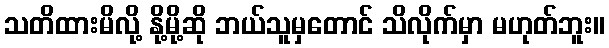
သတိထားမိလို့ နို့မို့ဆို ဘယ်သူမှတောင် သိလိုက်မှာ မဟုတ်ဘူး။